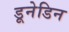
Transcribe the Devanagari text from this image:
डूनेडिन